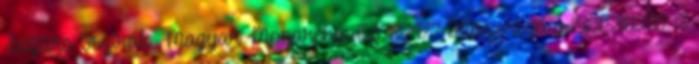
-lattjáró Osztrák– Magyar Monarchia 1537197477 Olaszorszá g 15101133612817 18